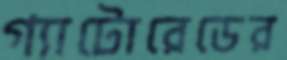
গ্যাটোরেডের